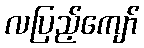
လပြည့်ကျော်